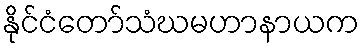
နိုင်ငံတော်သံဃမဟာနာယက